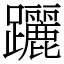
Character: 躧